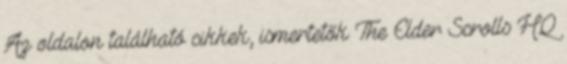
Az oldalon található cikkek, ismertetők The Elder Scrolls HQ